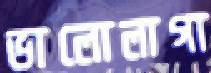
ভালোলাগা